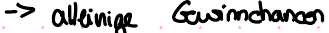
-> alleinige Gewinnchancen